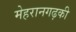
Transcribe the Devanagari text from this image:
मेहरानगढ़की